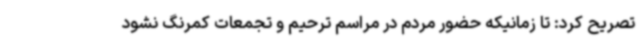
تصریح کرد: تا زمانیکه حضور مردم در مراسم ترحیم و تجمعات کمرنگ نشود